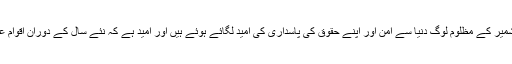
ر) چیئرمین کشمیر کونسل ای یو علی رضاسید نے کشمیر کے مظلوم لوگ دنیا سے امن اور اپنے حقوق کی پاسداری کی امید لگائے ہوئے ہیں اور امید ہے کہ نئے سال کے دوران اقوام عالم میں کشمیریوں کے حقوق کی بات سنی جائے گی۔